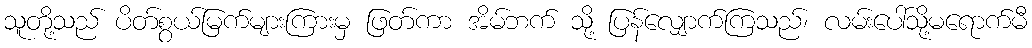
သူတို့သည် ပိတ်စွယ်မြက်များကြားမှ ဖြတ်ကာ အိမ်ဘက် သို့ ပြန်လျှောက်ကြသည်၊ လမ်းပေါ်သို့မရောက်မီ